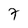
Character: 7